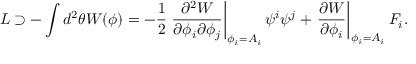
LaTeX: { \cal L } \supset - \int d ^ { 2 } \theta W ( \phi ) = - \frac { 1 } { 2 } \left. \frac { \partial ^ { 2 } W } { \partial \phi _ { i } \partial \phi _ { j } } \right| _ { \phi _ { i } = A _ { i } } \psi ^ { i } \psi ^ { j } + \left. \frac { \partial W } { \partial \phi _ { i } } \right| _ { \phi _ { i } = A _ { i } } F _ { i } .